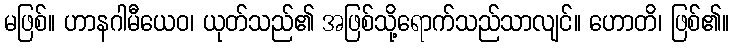
မဖြစ်။ ဟာနဂါမီယေဝ၊ ယုတ်သည်၏ အဖြစ်သို့ရောက်သည်သာလျင်။ ဟောတိ၊ ဖြစ်၏။